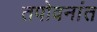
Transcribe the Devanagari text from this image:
तपोवनांत